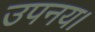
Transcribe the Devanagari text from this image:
उपनय।